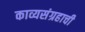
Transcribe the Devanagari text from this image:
काव्यसंग्रहाची